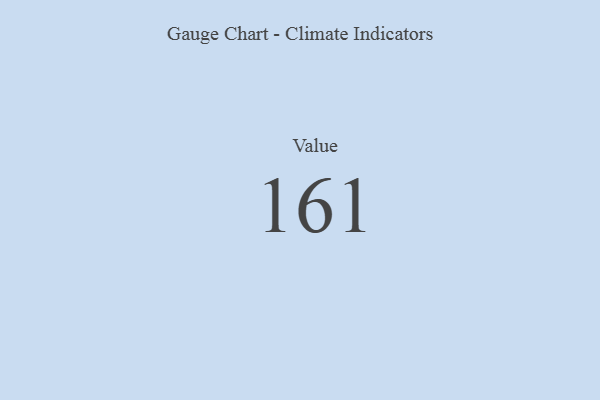
{"axis": {"x": "Metric", "y": "Value"}, "legend": [""], "data": [{"x": "Value", "y": 161, "type": ""}]}